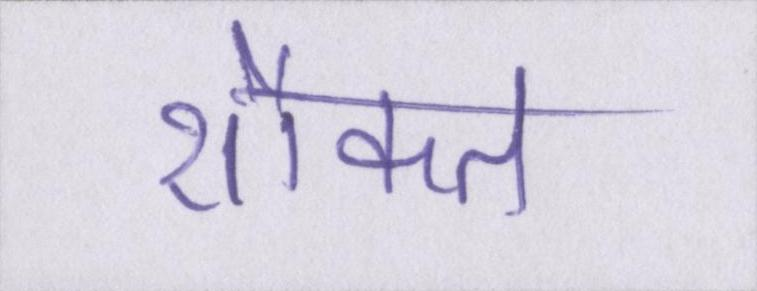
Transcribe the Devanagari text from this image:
शौकत